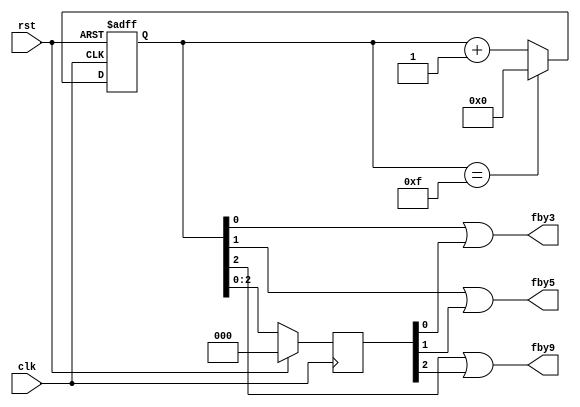
module ClockDividerBy3n(
    input rst, clk,
    output fby3,fby5,fby9
);
reg [3:0] count,dout;
    always @(posedge clk or posedge rst) begin
        if (rst) 
            count <= 0;
        else begin
            if (count == 4'd15)
                count <= 0;
            else
                count <= count + 1;
        end
        end
    always @(negedge clk) begin
    if(rst)
     dout<=0;
    else
     dout<=count;
    end
    assign fby3=count[0]||dout[0];
    assign fby5=count[1]||dout[1];
    assign fby9=count[2]||dout[2];
endmodule